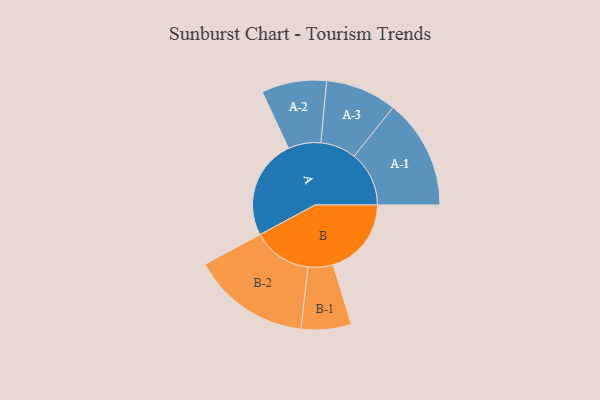
{"axis": {"x": "Segment", "y": "Value"}, "legend": ["", "A", "B"], "data": [{"x": "A", "y": 476, "type": ""}, {"x": "B", "y": 373, "type": ""}, {"x": "A-1", "y": 262, "type": "A"}, {"x": "A-2", "y": 155, "type": "A"}, {"x": "A-3", "y": 170, "type": "A"}, {"x": "B-1", "y": 119, "type": "B"}, {"x": "B-2", "y": 282, "type": "B"}]}